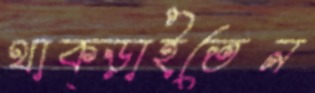
থাক্‌ড়াইতেন